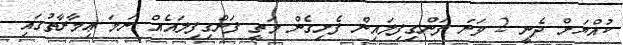
ކުއްޔަށް ދެނީ 2 ވަނަ ފަންގިފިލައިން ފެށިގެން މަތީ ފަންގިފިލައެއް ނަމަ ޢިމާރާތުގައި